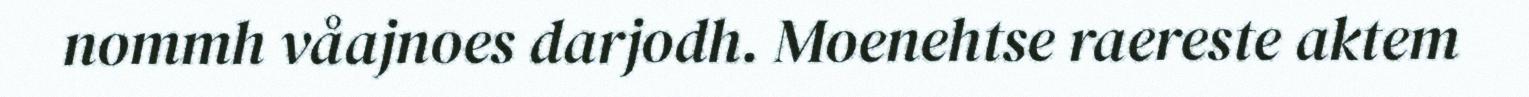
nommh våajnoes darjodh. Moenehtse raereste aktem